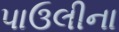
પાઉલીના